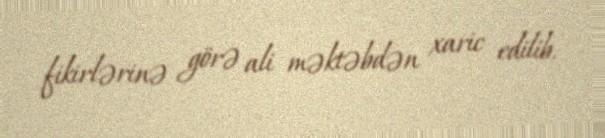
fikirlərinə görə ali məktəbdən xaric edilib.